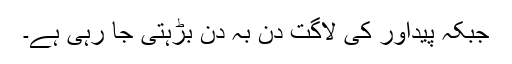
جبکہ پیداور کی لاگت دن بہ دن بڑہتی جا رہی ہے۔